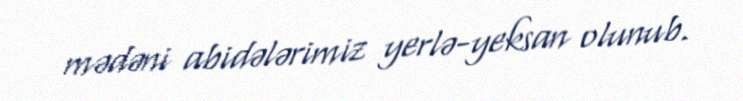
mədəni abidələrimiz yerlə-yeksan olunub.